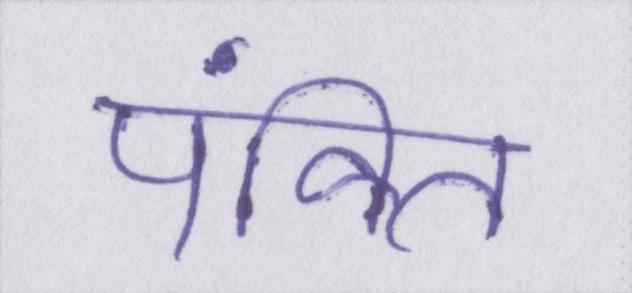
पंक्ति